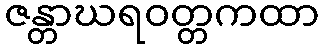
ဇန္တာဃရဝတ္တကထာ